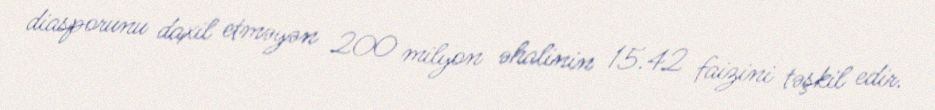
diasporunu daxil etməyən 200 milyon əhalinin 15.42 faizini təşkil edir.